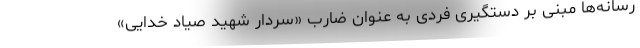
رسانه‌ها مبنی بر دستگیری فردی به عنوان ضارب «سردار شهید صیاد خدایی»